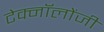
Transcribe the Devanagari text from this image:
टेक्नॉलोंजी